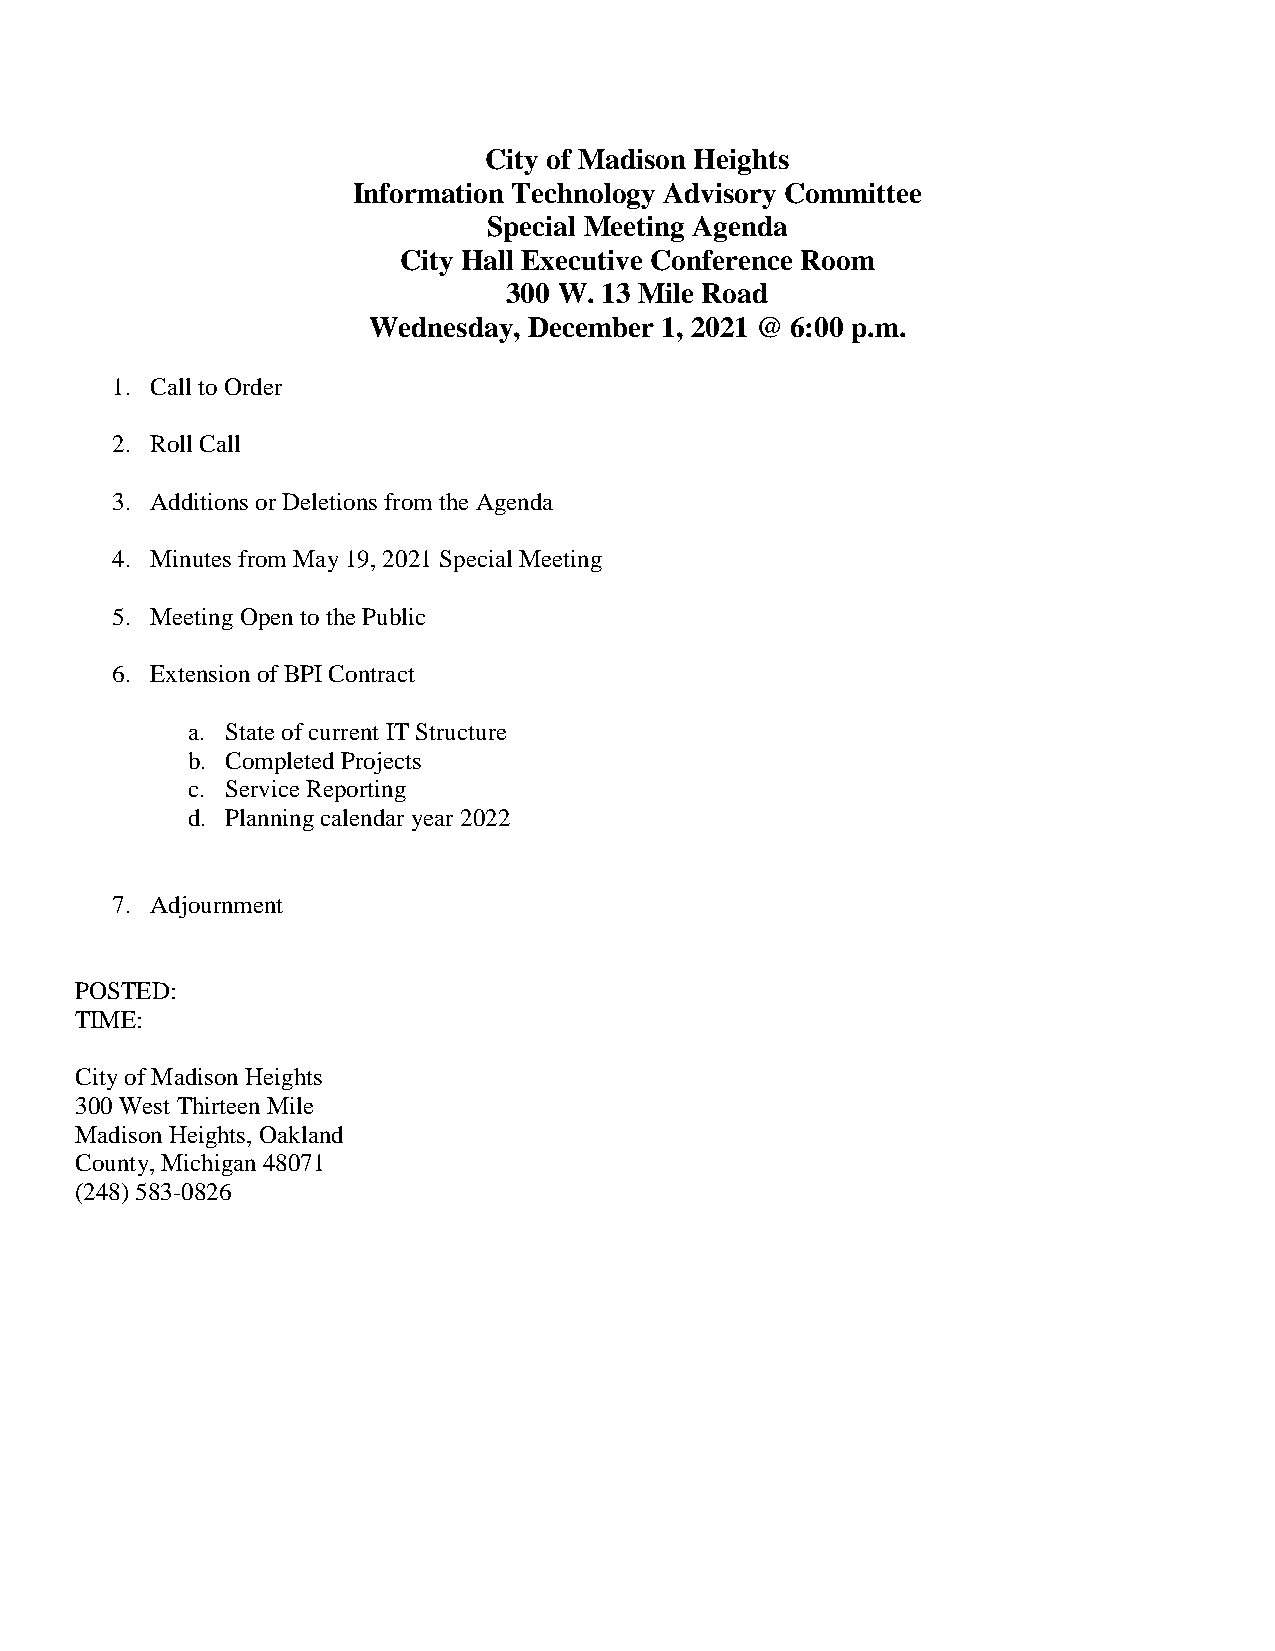
City of Madison Heights
 Information Technology Advisory Committee
 Special Meeting Agenda
 City Hall Executive Conference Room
 300 W. 13 Mile Road
 Wednesday, December 1, 2021 @ 6:00 p.m.
 1. Call to Order
 2. Roll Call
 3. Additions or Deletions from the Agenda
 4. Minutes from May 19, 2021 Special Meeting
 5. Meeting Open to the Public
 6. Extension of BPI Contract
 a. State of current IT Structure
 b. Completed Projects
 c. Service Reporting
 d. Planning calendar year 2022
 7. Adjournment
 POSTED:
 TIME:
 City of Madison Heights
 300 West Thirteen Mile
 Madison Heights, Oakland
 County, Michigan 48071
 (248) 583-0826